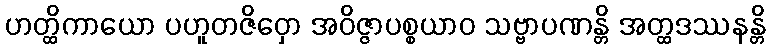
ဟတ္ထိကာယော ပဟူတဇိဝှော အဝိဇ္ဇာပစ္စယာဝ သဗ္ဗာပဏန္တိ အတ္ထဒဿနန္တိ